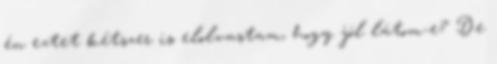
én eztet kétszer is elolvastam, hogy jól látom-e? De